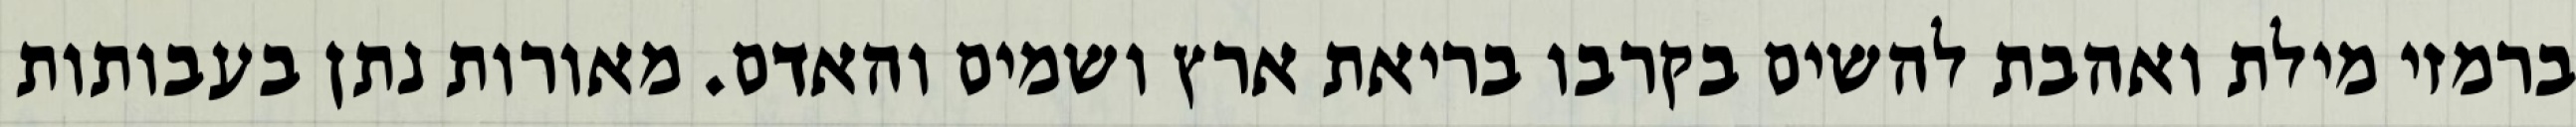
ברמזי מילת ואהבת להשים בקרבו בריאת ארץ ושמים והאדם. מאורות נתן בעבותות